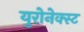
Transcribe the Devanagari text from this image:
युरोनेक्स्ट